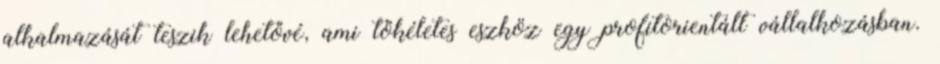
alkalmazását teszik lehetővé, ami tökéletes eszköz egy profitorientált vállalkozásban.